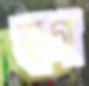
হুগ